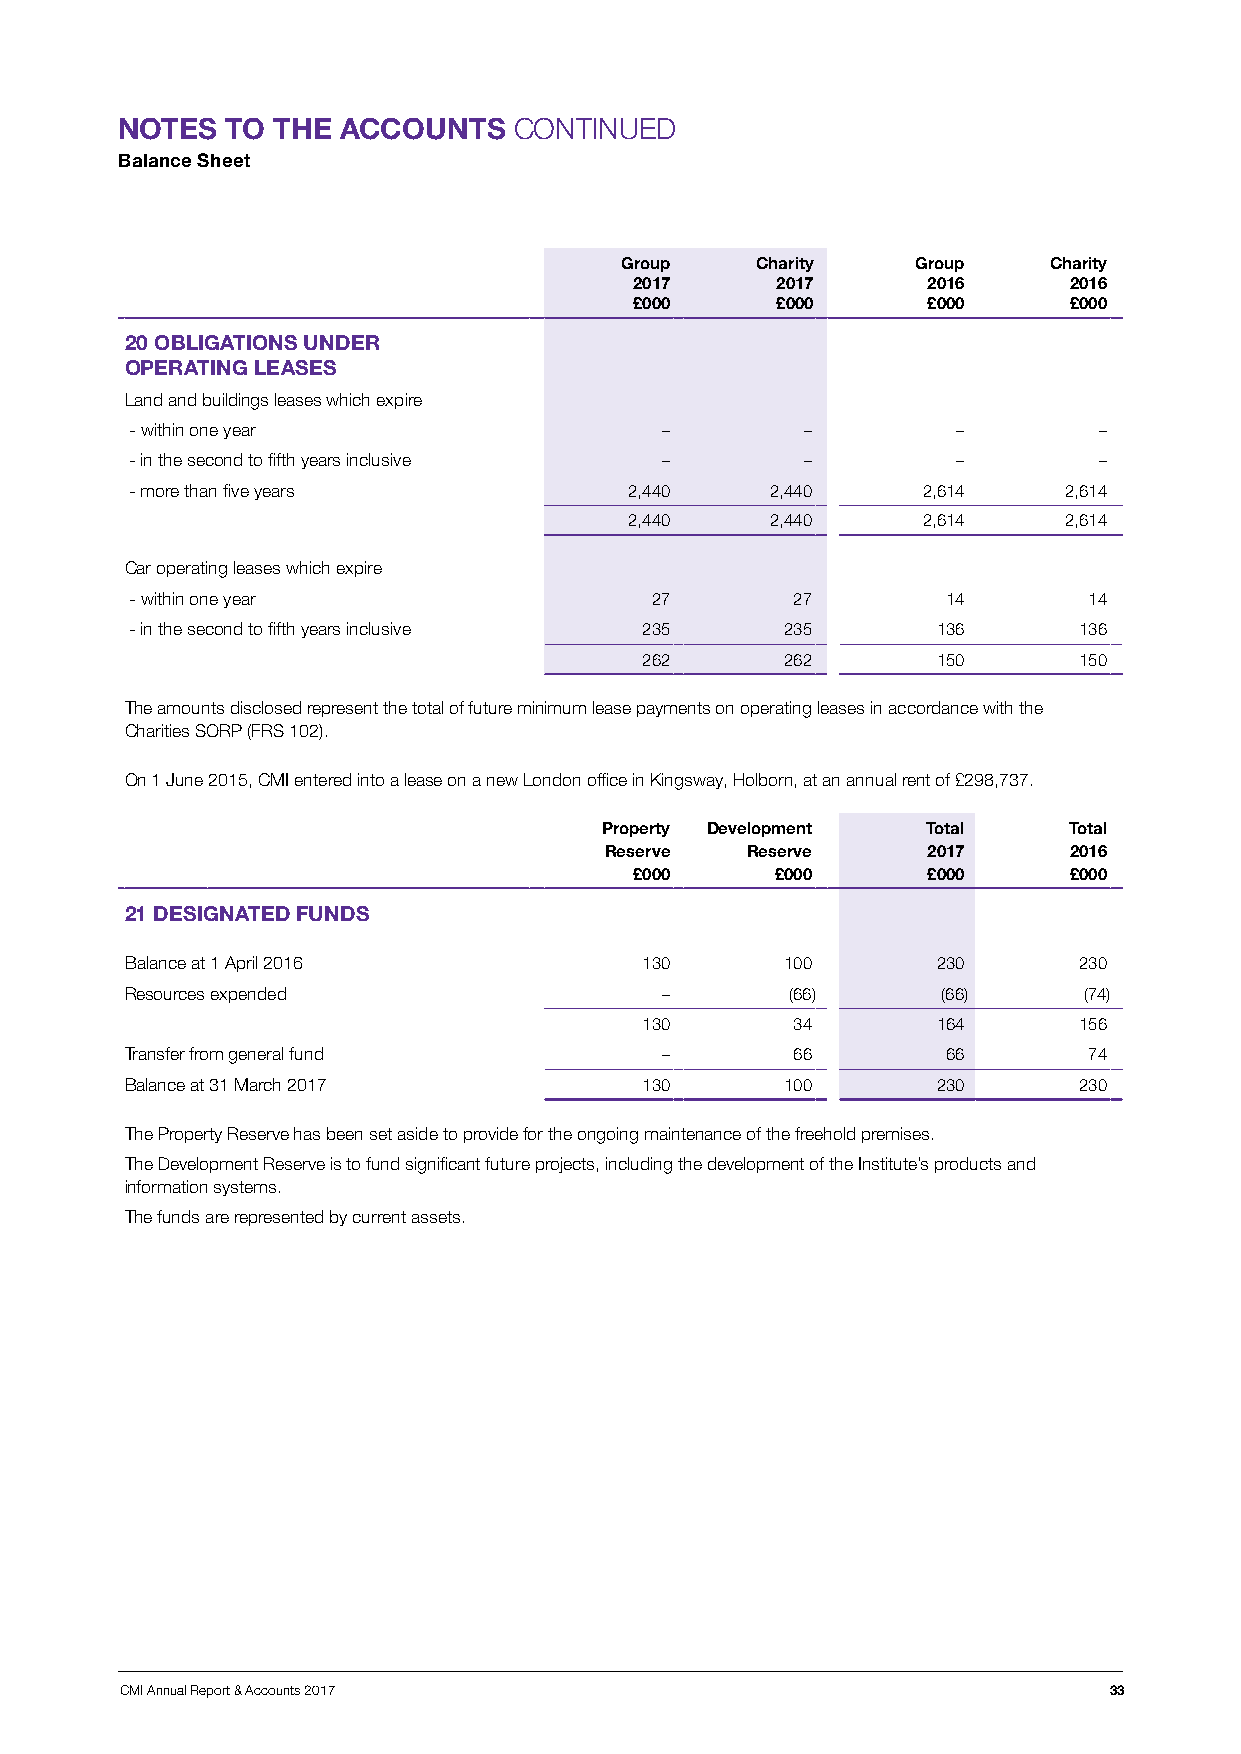
NOTES  TO THE  ACCOUNTS   CONTINUED
 Balance Sheet
 Group    Charity    Group   Charity
 2017     2017      2016      2016
 £000     £000      £000      £000
 20 OBLIGATIONS UNDER
 OPERATING LEASES
 Land and buildings leases which expire
 - within one year                  –        –         –         –
 - in the second to fifth years inclusive –  –         –         –
 - more than five years           2,440    2,440     2,614    2,614
 2,440    2,440     2,614    2,614
 Car operating leases which expire
 - within one year                 27       27         14       14
 - in the second to fifth years inclusive 235 235     136      136
 262       262       150      150
 The amounts disclosed represent the total of future minimum lease payments on operating leases in accordance with the
 Charities SORP (FRS 102).
 On 1 June 2015, CMI entered into a lease on a new London office in Kingsway, Holborn, at an annual rent of £298,737.
 Property Development Total     Total
 Reserve  Reserve     2017      2016
 £000     £000      £000      £000
 21 DESIGNATED FUNDS
 Balance at 1 April 2016           130       100       230      230
 Resources expended                  –       (66)      (66)      (74)
 130       34        164      156
 Transfer from general fund          –       66         66       74
 Balance at 31 March 2017          130       100       230      230
 The Property Reserve has been set aside to provide for the ongoing maintenance of the freehold premises.
 The Development Reserve is to fund significant future projects, including the development of the Institute’s products and
 information systems.
 The funds are represented by current assets.
 CMI Annual Report & Accounts 2017                                33